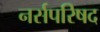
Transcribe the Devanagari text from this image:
नर्सपरिषद